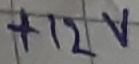
Text: +12V